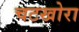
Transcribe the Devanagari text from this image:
चटखोरा